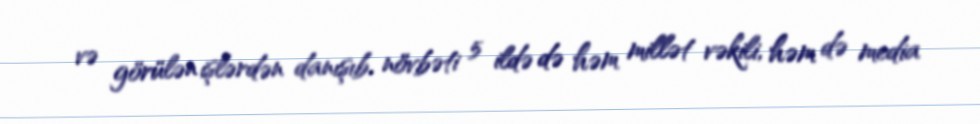
və görülən işlərdən danışıb, növbəti 5 ildə də həm millət vəkili, həm də media